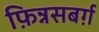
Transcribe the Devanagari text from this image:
फ़िन्नसबर्ग़